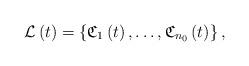
LaTeX: \begin{align*}\mathcal{L}\left(t\right)=\left\{ \mathfrak{C}_{1}\left(t\right),\dots,\mathfrak{C}_{n_{0}}\left(t\right)\right\} ,\end{align*}